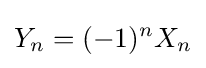
Y_{n}=(-1)^{n}X_{n}